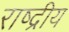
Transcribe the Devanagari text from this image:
राष्द्रीय